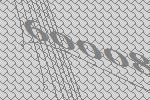
60008